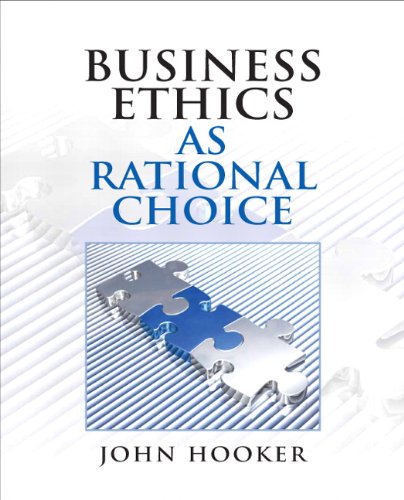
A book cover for Business Ethics as Rational Choice; John Hooker; Business & Money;